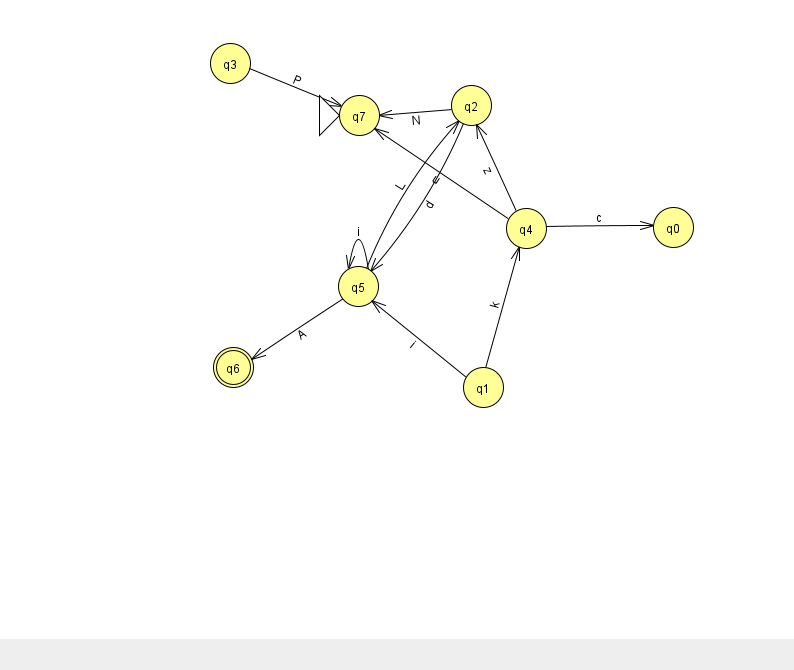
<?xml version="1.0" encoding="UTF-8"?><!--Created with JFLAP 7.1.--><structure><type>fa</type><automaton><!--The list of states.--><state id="0" name="q0"><x>673.0</x><y>214.0</y></state><state id="1" name="q1"><x>483.0</x><y>374.0</y></state><state id="2" name="q2"><x>471.0</x><y>92.0</y></state><state id="3" name="q3"><x>230.0</x><y>50.0</y></state><state id="4" name="q4"><x>526.0</x><y>215.0</y></state><state id="5" name="q5"><x>358.0</x><y>273.0</y></state><state id="6" name="q6"><x>233.0</x><y>354.0</y><final/></state><state id="7" name="q7"><x>359.0</x><y>102.0</y><initial/></state><!--The list of transitions.--><transition><from>4</from><to>0</to><read>c</read></transition><transition><from>3</from><to>7</to><read>P</read></transition><transition><from>4</from><to>7</to><read>u</read></transition><transition><from>5</from><to>2</to><read>L</read></transition><transition><from>1</from><to>4</to><read>k</read></transition><transition><from>5</from><to>6</to><read>A</read></transition><transition><from>4</from><to>2</to><read>z</read></transition><transition><from>5</from><to>5</to><read>i</read></transition><transition><from>2</from><to>5</to><read>d</read></transition><transition><from>2</from><to>7</to><read>N</read></transition><transition><from>1</from><to>5</to><read>i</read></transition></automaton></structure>